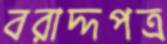
বরাদ্দপত্র